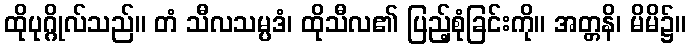
ထိုပုဂ္ဂိုလ်သည်။ တံ သီလသမ္ပဒံ၊ ထိုသီလ၏ ပြည့်စုံခြင်းကို။ အတ္တနိ၊ မိမိ၌။